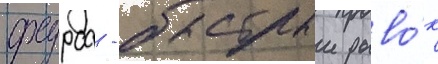
фурса - быстрыи рыво́к